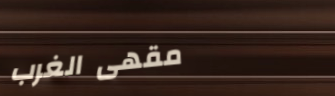
مقهى الغرب